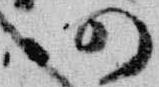
仍